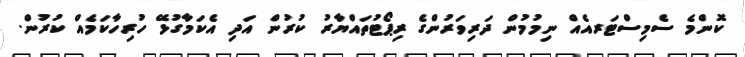
ކޮންމެ ސެމިސްޓަރއެއް ނިމުމުން ދަރިވަރުންގެ ރިޕޯޓުތައްޔާރު ކުރުން އަދި އެކަމާގުޅޭ ހުރިހާކަމެއް ކުރުން.